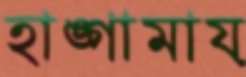
হাঙ্গামায়